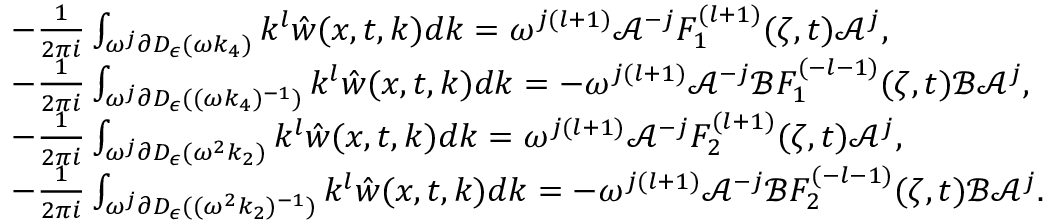
\begin{array} { r l } & { - \frac { 1 } { 2 \pi i } \int _ { \omega ^ { j } \partial D _ { \epsilon } ( \omega k _ { 4 } ) } k ^ { l } \hat { w } ( x , t , k ) d k = \omega ^ { j ( l + 1 ) } \mathcal { A } ^ { - j } F _ { 1 } ^ { ( l + 1 ) } ( \zeta , t ) \mathcal { A } ^ { j } , } \\ & { - \frac { 1 } { 2 \pi i } \int _ { \omega ^ { j } \partial D _ { \epsilon } ( ( \omega k _ { 4 } ) ^ { - 1 } ) } k ^ { l } \hat { w } ( x , t , k ) d k = - \omega ^ { j ( l + 1 ) } \mathcal { A } ^ { - j } \mathcal { B } F _ { 1 } ^ { ( - l - 1 ) } ( \zeta , t ) \mathcal { B } \mathcal { A } ^ { j } , } \\ & { - \frac { 1 } { 2 \pi i } \int _ { \omega ^ { j } \partial D _ { \epsilon } ( \omega ^ { 2 } k _ { 2 } ) } k ^ { l } \hat { w } ( x , t , k ) d k = \omega ^ { j ( l + 1 ) } \mathcal { A } ^ { - j } F _ { 2 } ^ { ( l + 1 ) } ( \zeta , t ) \mathcal { A } ^ { j } , } \\ & { - \frac { 1 } { 2 \pi i } \int _ { \omega ^ { j } \partial D _ { \epsilon } ( ( \omega ^ { 2 } k _ { 2 } ) ^ { - 1 } ) } k ^ { l } \hat { w } ( x , t , k ) d k = - \omega ^ { j ( l + 1 ) } \mathcal { A } ^ { - j } \mathcal { B } F _ { 2 } ^ { ( - l - 1 ) } ( \zeta , t ) \mathcal { B } \mathcal { A } ^ { j } . } \end{array}